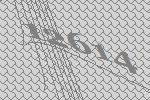
12614